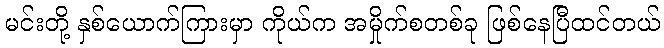
မင်းတို့ နှစ်ယောက်ကြားမှာ ကိုယ်က အမှိုက်စတစ်ခု ဖြစ်နေပြီထင်တယ်